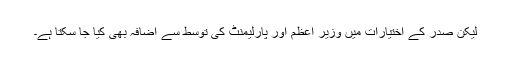
لیکن صدر کے اختیارات میں وزیر اعظم اور پارلیمنٹ کی توسط سے اضافہ بھی کیا جا سکتا ہے۔